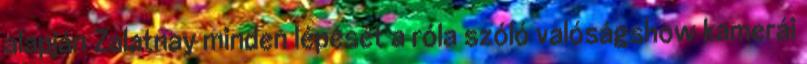
alapján Zalatnay minden lépését a róla szóló valóságshow kamerái